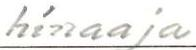
hinaaja